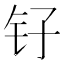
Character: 𫓦